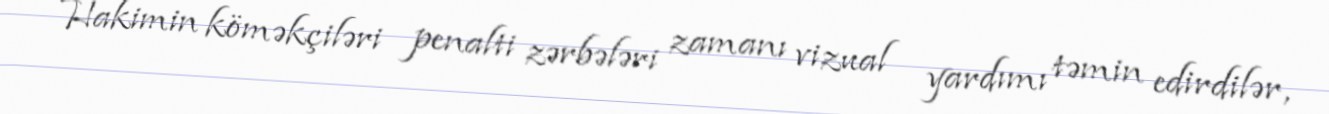
Hakimin köməkçiləri penalti zərbələri zamanı vizual yardımı təmin edirdilər,